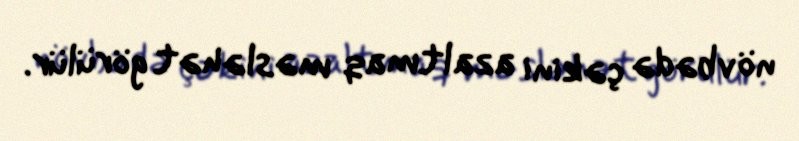
növbədə çəkini azaltmaq məsləhət görülür.